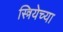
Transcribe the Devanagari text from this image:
स्त्रियेच्या